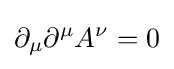
\partial _{\mu }\partial ^{\mu }A^{\nu }=0